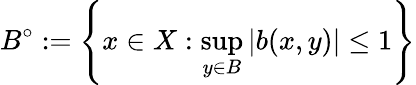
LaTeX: B^{\circ}:=\left\{ x\in X:\operatorname*{sup}_{y\in B}\left|b(x,y)\right|\leq 1\right\}